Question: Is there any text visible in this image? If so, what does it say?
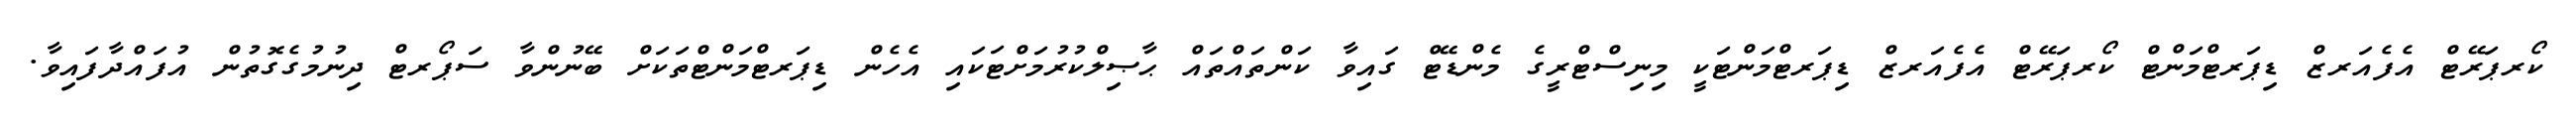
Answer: ކޯރޕަރޭޓް އެފެއަރޒް ޑިޕަރޓްމަންޓް ކޯރޕަރޭޓް އެފެއަރޒް ޑިޕަރޓްމަންޓަކީ މިނިސްޓްރީގެ މެންޑޭޓް ގައިވާ ކަންތައްތައް ޙާޞިލްކުރުމަށްޓަކައި އެހެން ޑިޕަރޓްމަންޓްތަކަށް ބޭނުންވާ ސަޕޯރޓް ދިނުމުގެގޮތުން އުފައްދާފައިވާ.